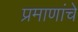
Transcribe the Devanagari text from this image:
प्रमाणांचे